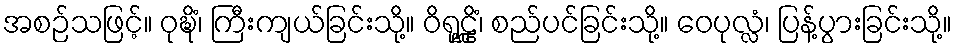
အစဉ်သဖြင့်။ ဝုဍ္ဎိံ၊ ကြီးကျယ်ခြင်းသို့။ ဝိရုဠ္ဌိံ၊ စည်ပင်ခြင်းသို့။ ဝေပုလ္လံ၊ ပြန့်ပွားခြင်းသို့။